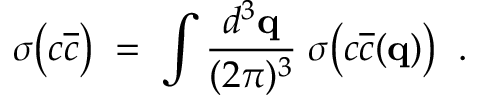
\sigma \big ( c \overline { { { c } } } \big ) \; = \; \int \frac { d ^ { 3 } { \bf q } } { ( 2 \pi ) ^ { 3 } } \; \sigma \big ( c \overline { { { c } } } ( { \bf q } ) \big ) \; \; .